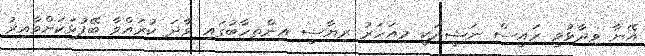
އޭނާ ވިދާޅުވީ ރައީސް ނަޝީދަކީ މިއަހަރު ރިޔާސީ އިންތިހާބުގައި ވާދަ ކުރައްވާ ބޭފުޅަކަށްވާއިރު